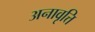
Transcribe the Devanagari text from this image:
अनावृत्ति